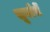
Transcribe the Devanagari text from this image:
सूर्याचें